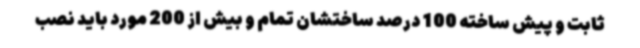
ثابت و پیش ساخته 100 درصد ساختشان تمام و بیش از 200 مورد باید نصب